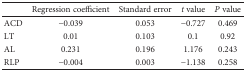
<table><thead><tr><td></td><td><b>Regression coefficient</b></td><td><b>Standard error</b></td><td><b><i>t</i> value</b></td><td><b><i>P</i> value</b></td></tr></thead><tbody><tr><td>ACD</td><td>−0.039</td><td>0.053</td><td>−0.727</td><td>0.469</td></tr><tr><td>LT</td><td>0.01</td><td>0.103</td><td>0.1</td><td>0.92</td></tr><tr><td>AL</td><td>0.231</td><td>0.196</td><td>1.176</td><td>0.243</td></tr><tr><td>RLP</td><td>−0.004</td><td>0.003</td><td>−1.138</td><td>0.258</td></tr></tbody></table>